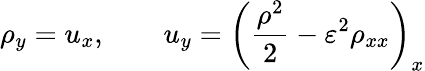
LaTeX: \rho_{y}=u_{x},\qquad u_{y}=\left(\frac{\rho^{2}}{2}-\varepsilon^{2}\rho_{xx}\right)_{x}